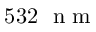
5 3 2 \ \mathrm { ~ n ~ m ~ }